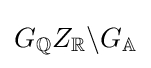
G_{\mathbb {Q} }Z_{\mathbb {R} }\backslash G_{\mathbb {A} }